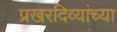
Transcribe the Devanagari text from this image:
प्रखरदिव्यांच्या